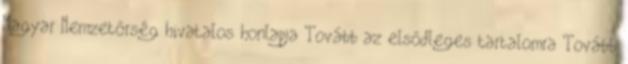
Magyar Nemzetőrség hivatalos honlapja Tovább az elsődleges tartalomra Tovább